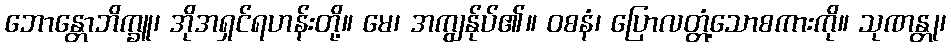
ဘောန္တောဘိက္ခူ၊ အိုအရှင်ရဟန်းတို့။ မေ၊ အကျွန်ုပ်၏။ ဝစနံ၊ ပြောလတ္တံ့သောစကားကို။ သုဏန္တု၊